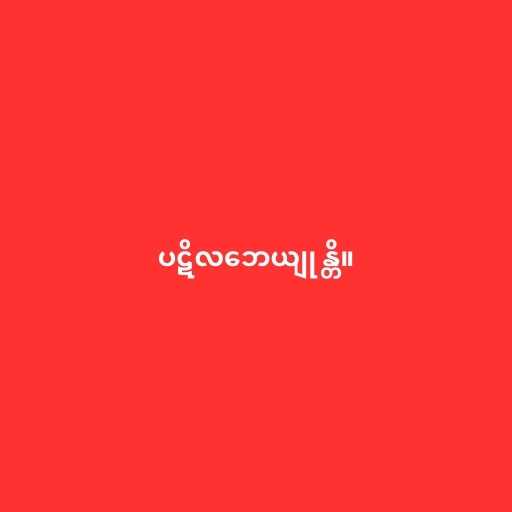
ပဋိလဘေယျုန္တိ။